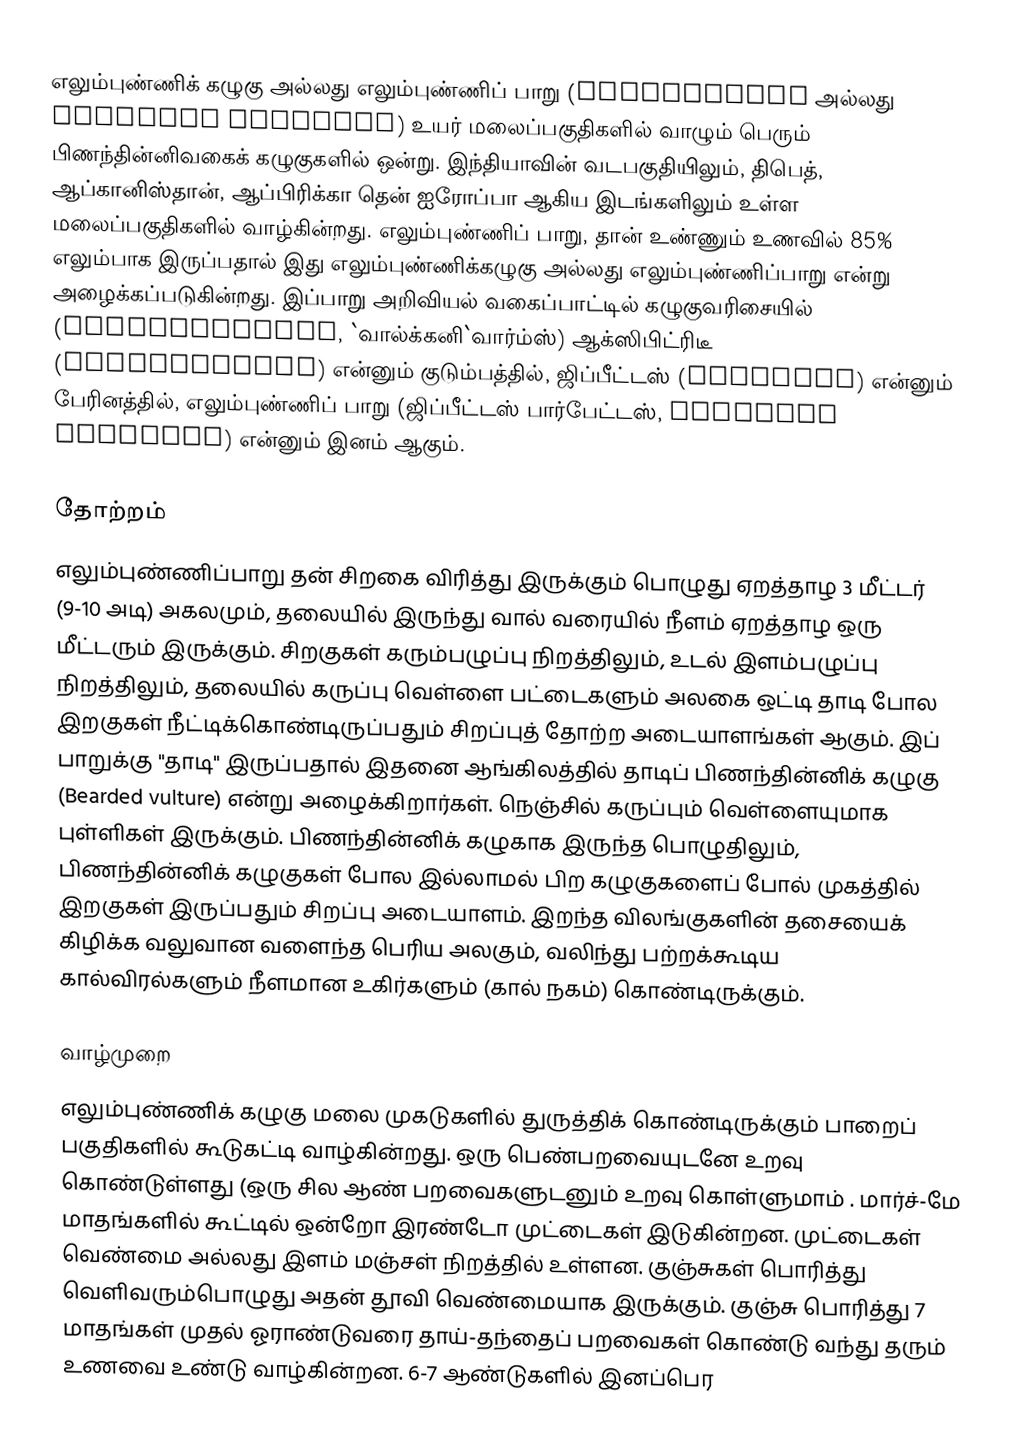
எலும்புண்ணிக் கழுகு அல்லது எலும்புண்ணிப் பாறு (Lammergeier அல்லது Gypaetus barbatus)  உயர் மலைப்பகுதிகளில் வாழும் பெரும் பிணந்தின்னிவகைக் கழுகுகளில் ஒன்று.  இந்தியாவின் வடபகுதியிலும், திபெத், ஆப்கானிஸ்தான், ஆப்பிரிக்கா தென் ஐரோப்பா ஆகிய இடங்களிலும் உள்ள மலைப்பகுதிகளில் வாழ்கின்றது. எலும்புண்ணிப் பாறு,  தான் உண்ணும் உணவில் 85% எலும்பாக இருப்பதால் இது எலும்புண்ணிக்கழுகு அல்லது எலும்புண்ணிப்பாறு என்று அழைக்கப்படுகின்றது. இப்பாறு அறிவியல் வகைப்பாட்டில் கழுகுவரிசையில் (Falconiformes, `வால்க்கனி`வார்ம்ஸ்) ஆக்ஸிபிட்ரிடீ (Accipitridae) என்னும் குடும்பத்தில், ஜிப்பீட்டஸ் (Gypaetus) என்னும் பேரினத்தில், எலும்புண்ணிப் பாறு (ஜிப்பீட்டஸ் பார்பேட்டஸ், Gypaetus barbatus) என்னும் இனம் ஆகும்.

தோற்றம்
எலும்புண்ணிப்பாறு தன் சிறகை விரித்து இருக்கும் பொழுது ஏறத்தாழ 3 மீட்டர் (9-10 அடி) அகலமும், தலையில் இருந்து வால் வரையில் நீளம் ஏறத்தாழ ஒரு மீட்டரும் இருக்கும். சிறகுகள் கரும்பழுப்பு நிறத்திலும், உடல் இளம்பழுப்பு நிறத்திலும், தலையில் கருப்பு வெள்ளை பட்டைகளும் அலகை ஒட்டி தாடி போல இறகுகள் நீட்டிக்கொண்டிருப்பதும் சிறப்புத் தோற்ற அடையாளங்கள் ஆகும். இப் பாறுக்கு "தாடி" இருப்பதால் இதனை ஆங்கிலத்தில் தாடிப் பிணந்தின்னிக் கழுகு (Bearded vulture) என்று அழைக்கிறார்கள். நெஞ்சில் கருப்பும் வெள்ளையுமாக புள்ளிகள் இருக்கும். பிணந்தின்னிக் கழுகாக இருந்த பொழுதிலும், பிணந்தின்னிக் கழுகுகள் போல இல்லாமல் பிற கழுகுகளைப் போல் முகத்தில் இறகுகள் இருப்பதும் சிறப்பு அடையாளம். இறந்த விலங்குகளின் தசையைக் கிழிக்க வலுவான வளைந்த பெரிய அலகும், வலிந்து பற்றக்கூடிய கால்விரல்களும் நீளமான உகிர்களும் (கால் நகம்) கொண்டிருக்கும்.

வாழ்முறை
எலும்புண்ணிக் கழுகு மலை முகடுகளில் துருத்திக் கொண்டிருக்கும் பாறைப் பகுதிகளில் கூடுகட்டி வாழ்கின்றது. ஒரு பெண்பறவையுடனே உறவு கொண்டுள்ளது (ஒரு சில ஆண் பறவைகளுடனும் உறவு கொள்ளுமாம் . மார்ச்-மே மாதங்களில் கூட்டில் ஒன்றோ இரண்டோ முட்டைகள் இடுகின்றன. முட்டைகள் வெண்மை அல்லது இளம் மஞ்சள் நிறத்தில் உள்ளன. குஞ்சுகள் பொரித்து வெளிவரும்பொழுது அதன் தூவி வெண்மையாக இருக்கும். குஞ்சு பொரித்து 7 மாதங்கள் முதல் ஓராண்டுவரை தாய்-தந்தைப் பறவைகள் கொண்டு வந்து தரும் உணவை உண்டு வாழ்கின்றன. 6-7 ஆண்டுகளில் இனப்பெர